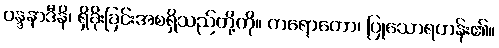
ဝန္ဒနာဒီနိ၊ ရှိခိုးခြင်းအစရှိသည်တို့ကို။ ကရောတော၊ ပြုသောရဟန်း၏။